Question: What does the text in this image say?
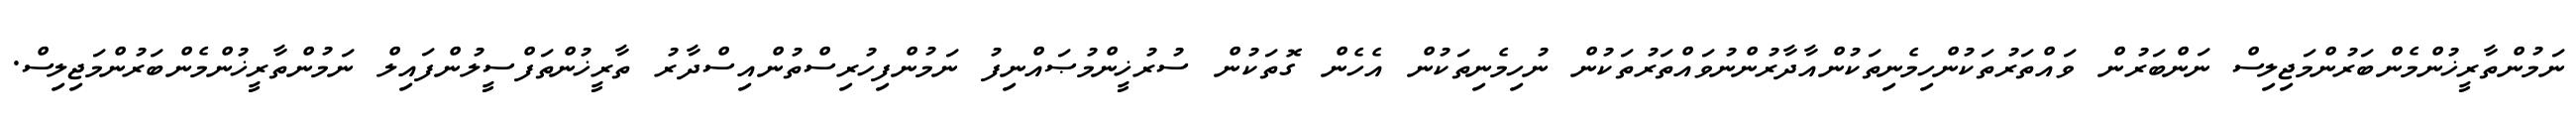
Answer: ނަމުންތާރީޚުންމެންބަރުންމަޖިލިސް ނަންބަރުން ވައްތަރުތަކުންހިމެނިތަކުންއާދާރުންނުވައްތަރުތަކުން ނުހިމެނިތަކުން އެހެން ގޮތަކުން ސުރުޚީންމުޞައްނިފު ނަމުންފިހުރިސްތުންއިސްދާރު ތާރީޚުންތަފްސީލުންފައިލް ނަމުންތާރީޚުންމެންބަރުންމަޖިލިސް.